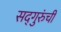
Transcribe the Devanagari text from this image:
सद्‍गुरुंची